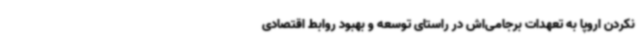
نکردن اروپا به تعهدات برجامی‌اش در راستای توسعه و بهبود روابط اقتصادی